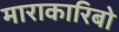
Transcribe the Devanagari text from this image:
माराकारिबो